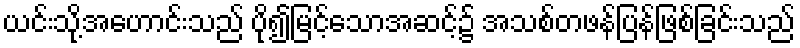
ယင်းသို့အဟောင်းသည် ပို၍မြင့်သောအဆင့်၌ အသစ်တဖန်ပြန်ဖြစ်ခြင်းသည်